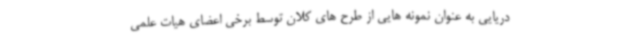
دریایی به عنوان نمونه هایی از طرح های کلان توسط برخی اعضای هیات علمی